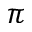
\pi